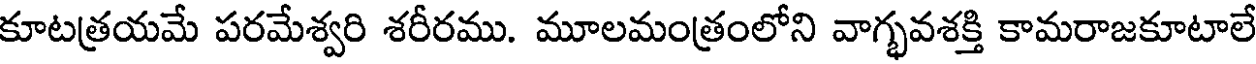
కూటత్రయమే పరమేశ్వరి శరీరము. మూలమంత్రంలోని వాగ్భవశక్తి కామరాజకూటాలే